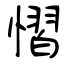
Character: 慴